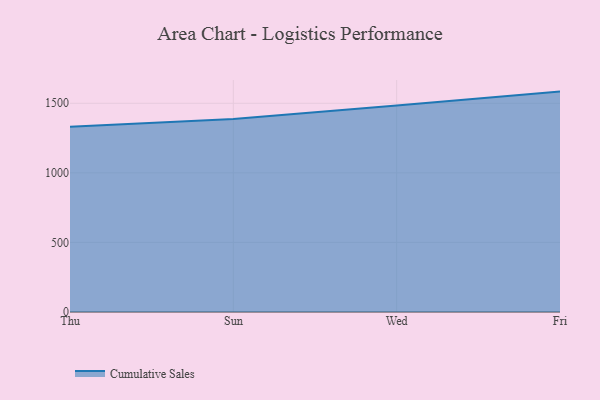
{"axis": {"x": "Day", "y": "Demand Index"}, "legend": ["Cumulative Sales"], "data": [{"x": "Thu", "y": 1331.9, "type": "Cumulative Sales"}, {"x": "Sun", "y": 1386.2, "type": "Cumulative Sales"}, {"x": "Wed", "y": 1484.4, "type": "Cumulative Sales"}, {"x": "Fri", "y": 1583.9, "type": "Cumulative Sales"}]}